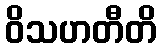
ဝိသဟတီတိ